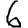
Digit: 6